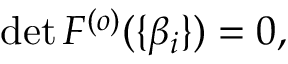
\begin{array} { r } { \operatorname* { d e t } F ^ { ( o ) } ( \{ \beta _ { i } \} ) = 0 , } \end{array}